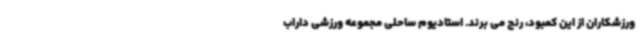
ورزشکاران از این کمبود، رنج می برند. استادیوم ساحلی مجموعه ورزشی داراب